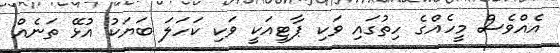
އެއްވެސް މީހެއްގެ ހިތުގައި ވަކި ޕާޓީއަކީ ވަކި ކަހަލަ ބަޔަކު އުޅޭ ތަނެއް